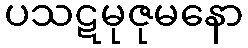
ပသဋမုဇုမနော